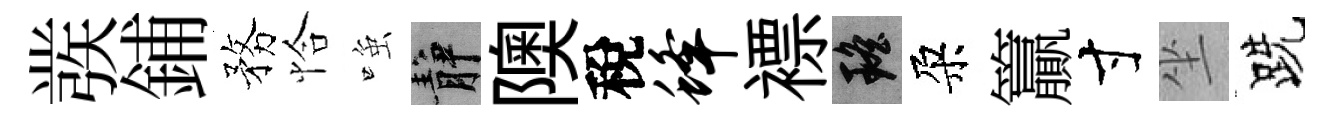
彂鋪務恰𫪻静隩稅蜂褾瑶朶籯寸坐跣